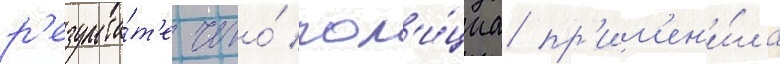
р'езульта́т'е чего́ пол'и́циа пр'им'ен'и́ла